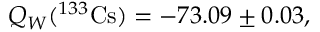
Q _ { W } ( ^ { 1 3 3 } \mathrm { C s } ) = - 7 3 . 0 9 \pm 0 . 0 3 ,